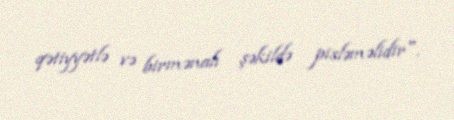
qətiyyətlə və birmənalı şəkildə pisləməlidir".